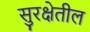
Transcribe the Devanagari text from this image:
सुरक्षेतील